Report of an investigation of the epidemic of malarial fever in Assam, or, kala-azar
Disease focus: Malaria
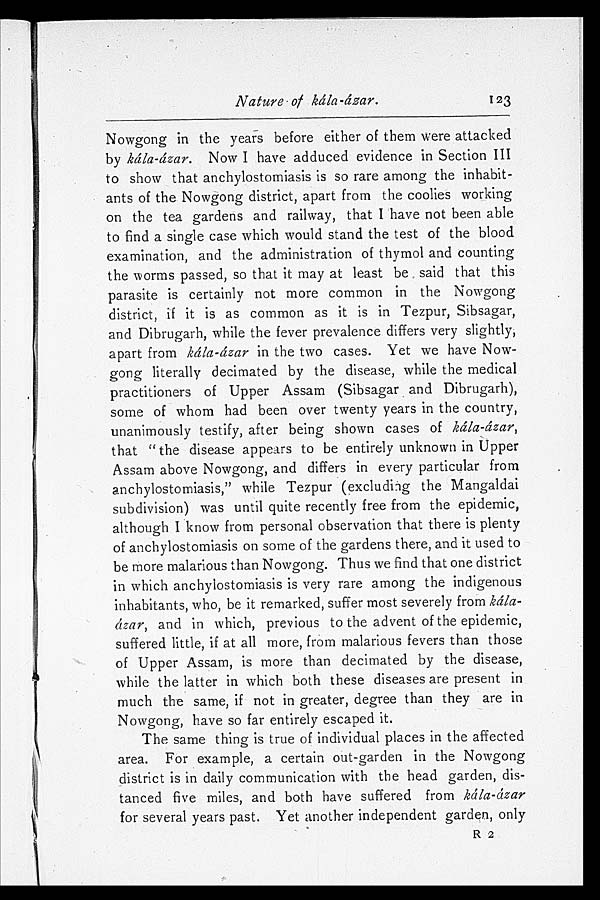
1 N
Nature of kála-ázar. 123
Nowgong in the years before either of them were attacked
by kála-ázar. Now I have adduced evidence in Section III
to show that anchylostomiasis is so rare among the inhabit-
ants of the Nowgong district, apart from the coolies working
on the tea gardens and railway, that I have not been able
to find a single case which would stand the test of the blood
examination, and the administration of thymol and counting
the worms passed, so that it may at least be said that this
parasite is certainly not more common in the Nowgong
district, if it is as common as it is in Tezpur, Sibsagar,
and Dibrugarh, while the fever prevalence differs very slightly,
apart from kála-ázar in the two cases. Yet we have Now-
gong literally decimated by the disease, while the medical
practitioners of Upper Assam (Sibsagar and Dibrugarh),
some of whom had been over twenty years in the country,
unanimously testify, after being shown cases of kála-ázar,
that "the disease appears to be entirely unknown in Upper
Assam above Nowgong, and differs in every particular from
anchylostomiasis," while Tezpur (excluding the Mangaldai
subdivision) was until quite recently free from the epidemic,
although I know from personal observation that there is plenty
of anchylostomiasis on some of the gardens there, and it used to
be more malarious than Nowgong. Thus we find that one district
in which anchylostomiasis is very rare among the indigenous
inhabitants, who, be it remarked, suffer most severely from kála-
ázar, and in which, previous to the advent of the epidemic,
suffered little, if at all more, from malarious fevers than those
of Upper Assam, is more than decimated by the disease,
while the latter in which both these diseases are present in
much the same, if not in greater, degree than they are in
Nowgong, have so far entirely escaped it.
The same thing is true of individual places in the affected
area. For example, a certain out-garden in the Nowgong
district is in daily communication with the head garden, dis-
tanced five miles, and both have suffered from kála-ázar
for several years past. Yet another independent garden, only
R 2